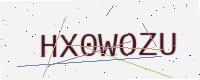
Text: HX0WOZU